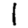
Digit: 1